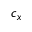
c _ { x }